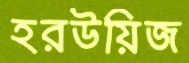
হরউয়িজ